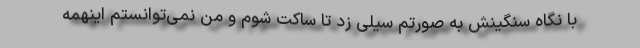
با نگاه سنگینش به صورتم سیلی زد تا ساکت شوم و من نمی‌توانستم اینهمه